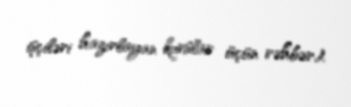
işçiləri hazırlayan kurslar üçün rəhbər).